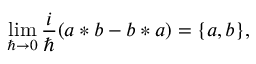
\operatorname * { l i m } _ { \hbar \rightarrow 0 } \frac i \hbar ( a * b - b * a ) = \{ a , b \} ,